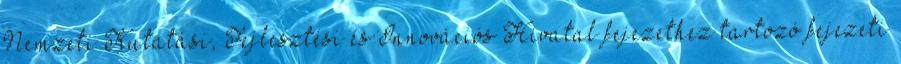
Nemzeti Kutatási, Fejlesztési és Innovációs Hivatal fejezethez tartozó fejezeti